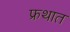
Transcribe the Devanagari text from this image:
फ्रथात